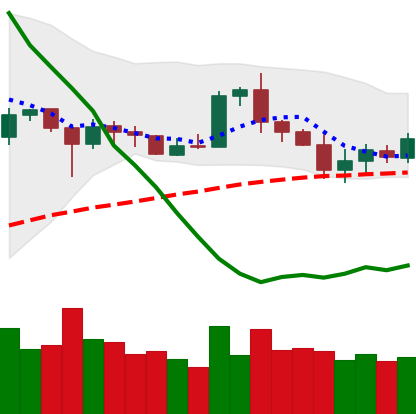
Ticker: ETH-USD
Chart end date: 2020-07-01
Forward return: 4.499%
Label: up_3_5